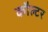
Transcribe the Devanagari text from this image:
कौल्टर